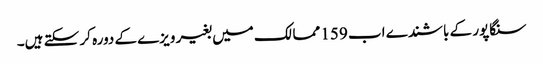
سنگاپور کے باشندے اب 159 ممالک میں بغیر ویزے کے دورہ کر سکتے ہیں۔